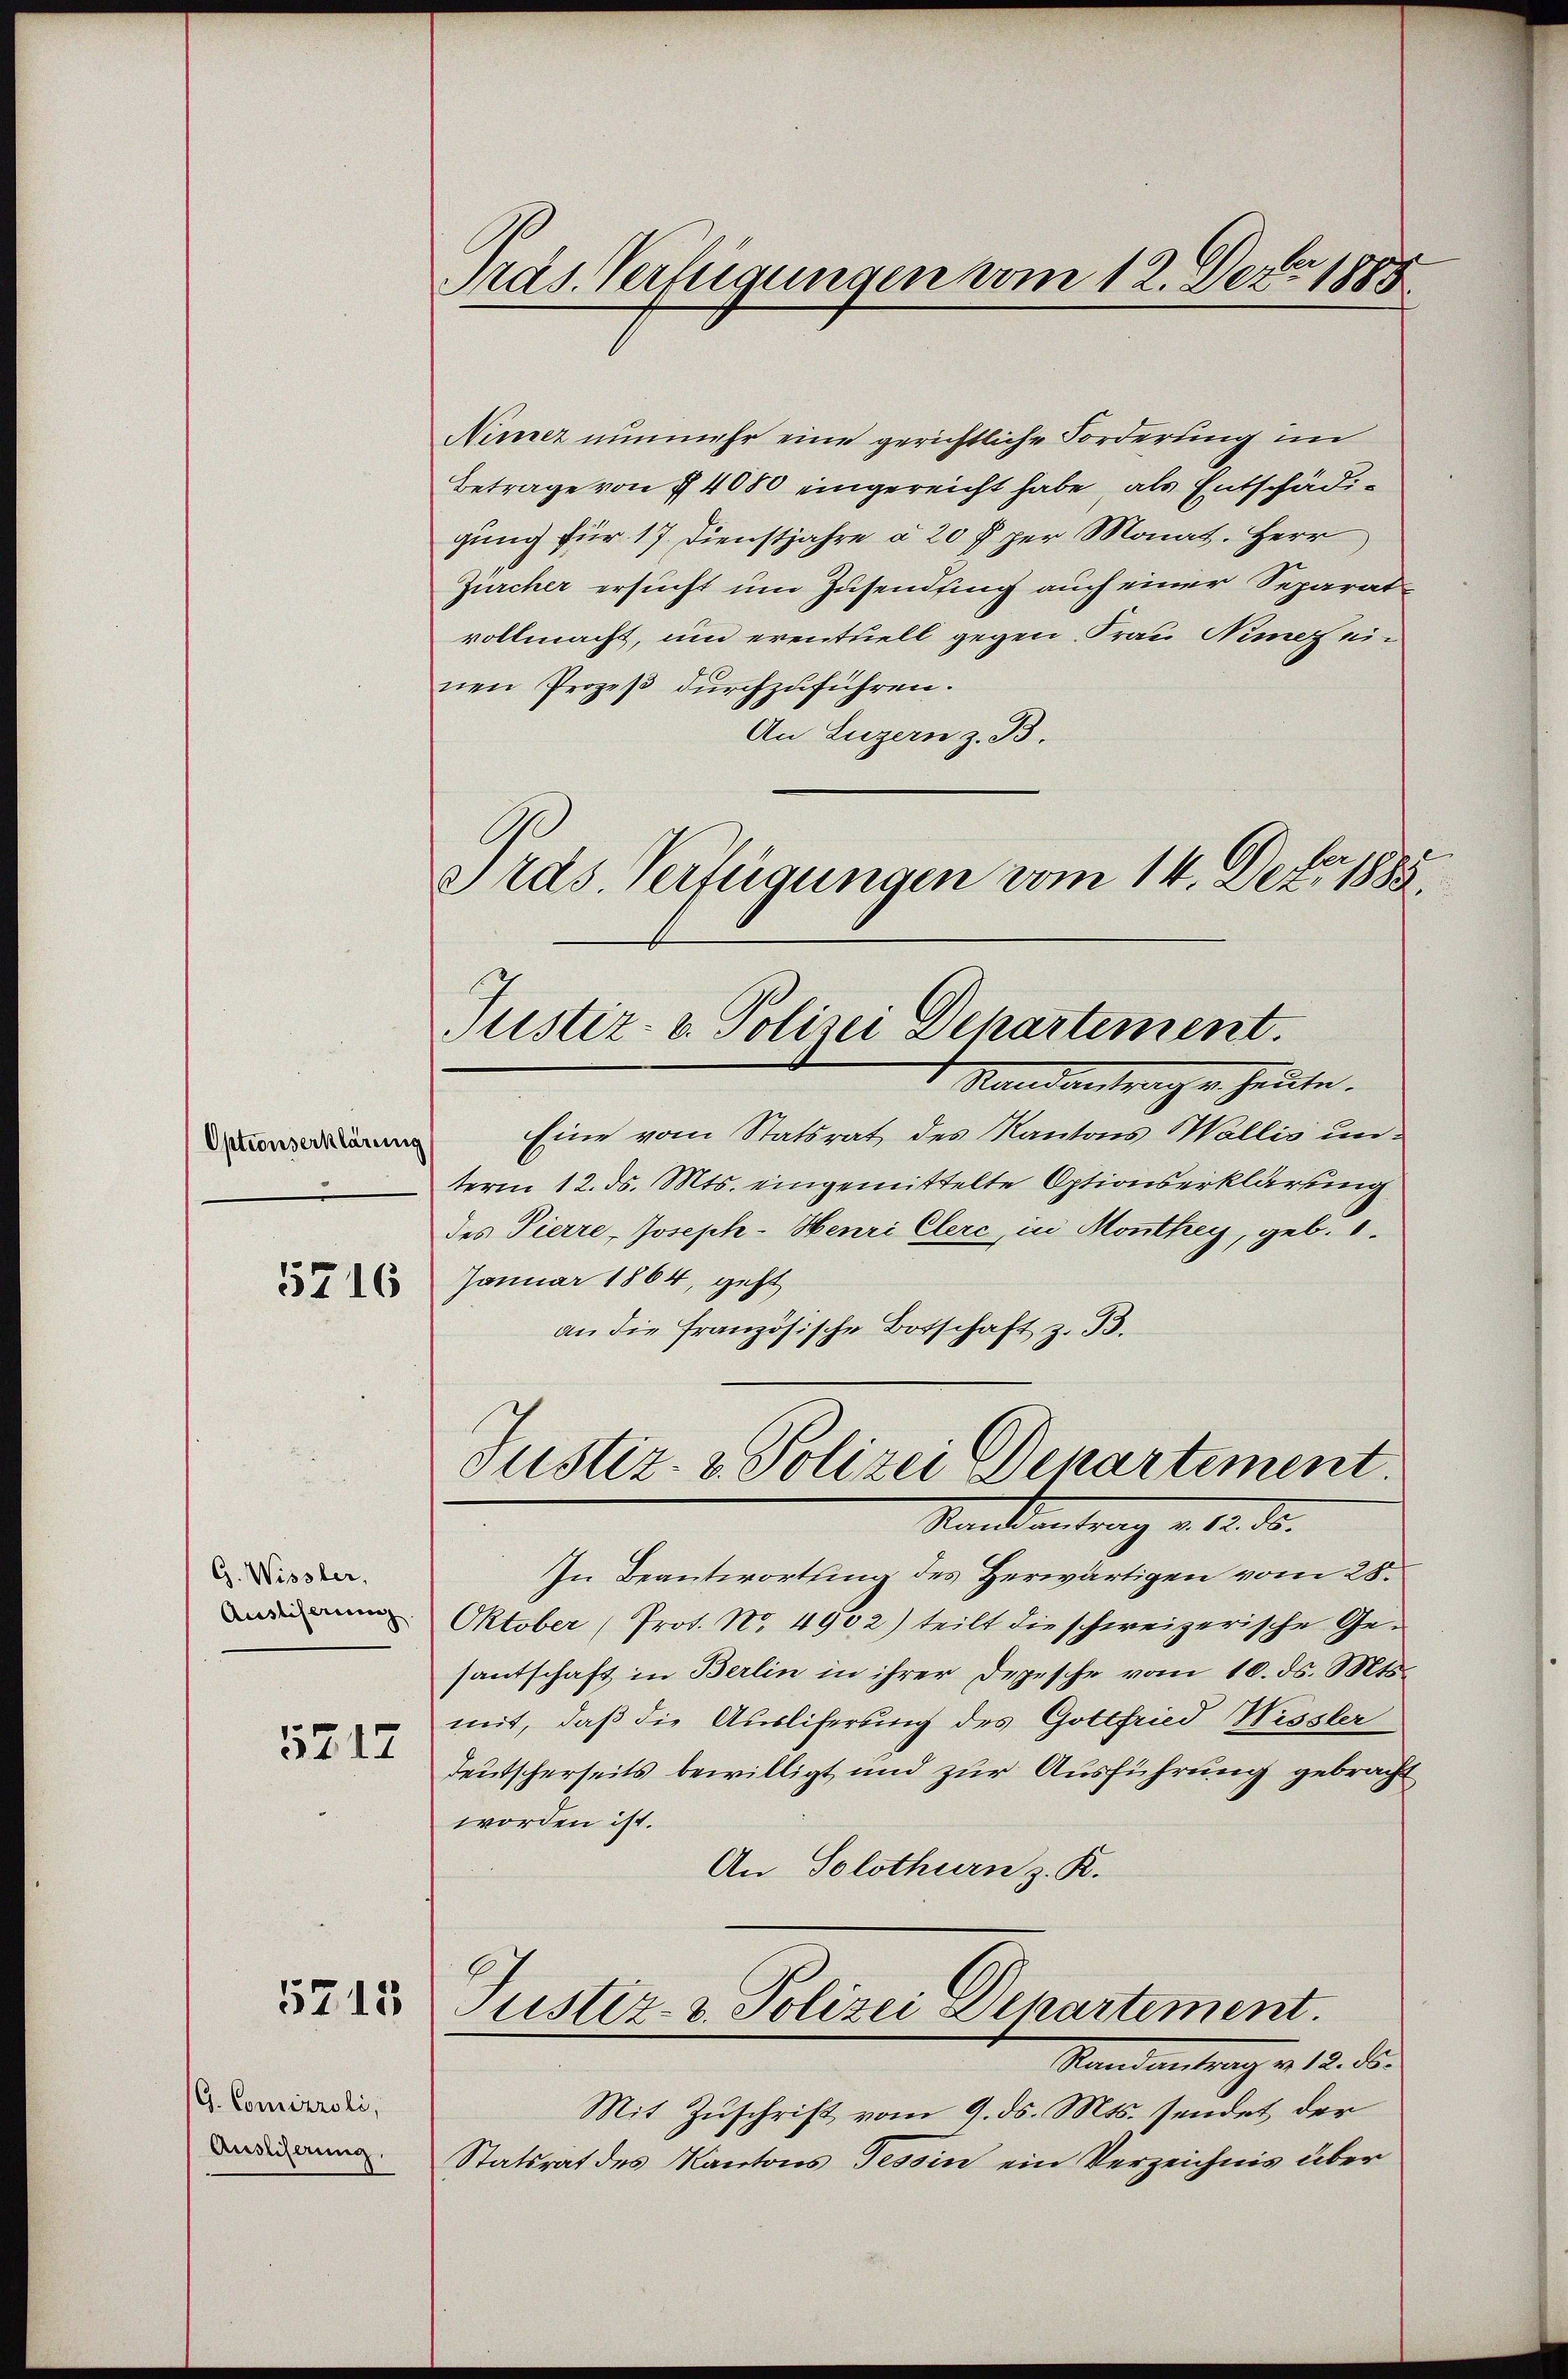
Optionserklärung

5716

G. Wissler,
Ausliserung.

5217

5715

G. Comikroli,
Ausliserung.

Präs. Verfügungen vom 12. Dero 1885.

Tras. Verfügungen vom 14. Dez. 1885.
Justiz- & Polizei Departement.

Nimer nunmehr eine gerichtliche Forderung im
Betrage von § 4080 eingereicht habe, als Entschädigung für 17. Dienstjahre a 20 f per Monat. Herr
Zürcher ersucht um Zusendung auch einer Separatvollmacht, um eventuell gegen Frau Nimof einen Prozeß durchzuführen.
An Luzern z. B.
Standantrage heute.
Eine vom Statsrat des Kantons Wallis unterm 12. ds. Mts. eingemittelte Optionserklärung
des Pierre-Joseph-Henri Clerc, in Monthey, geb. 1.
Januar 1864, geht
an die französische Botschaft z. B.
Justiz- & Polizei Departement.
Stand antrag v. 12. ds.
In Beantwortung des Herwärtigen vom 28.
Oktober (Prot. No. 4902) teilt die schweizerische Gesantschaft in Berlin in ihrer Depesche vom 10. ds. Mts.
mit, daß die Ausliferung des Gottfried Wissler
Teutscherseits bewilligt und zur Ausführung gebracht
worden ist.
An Solothurn z. K.
Justiz- & Polizei Departement.
Stand antrag v. 18. de
Mit Zuschrift vom 9. ds. Mts. sendet der
Statsrat des Kantons Tessin ein Verzeichnis über